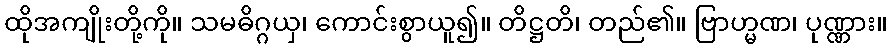
ထိုအကျိုးတို့ကို။ သမဓိဂ္ဂယှ၊ ကောင်းစွာယူ၍။ တိဋ္ဌတိ၊ တည်၏။ ဗြာဟ္မဏ၊ ပုဏ္ဏား။